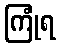
ကြုံရ